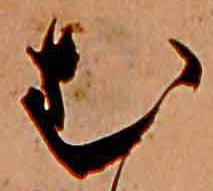
む